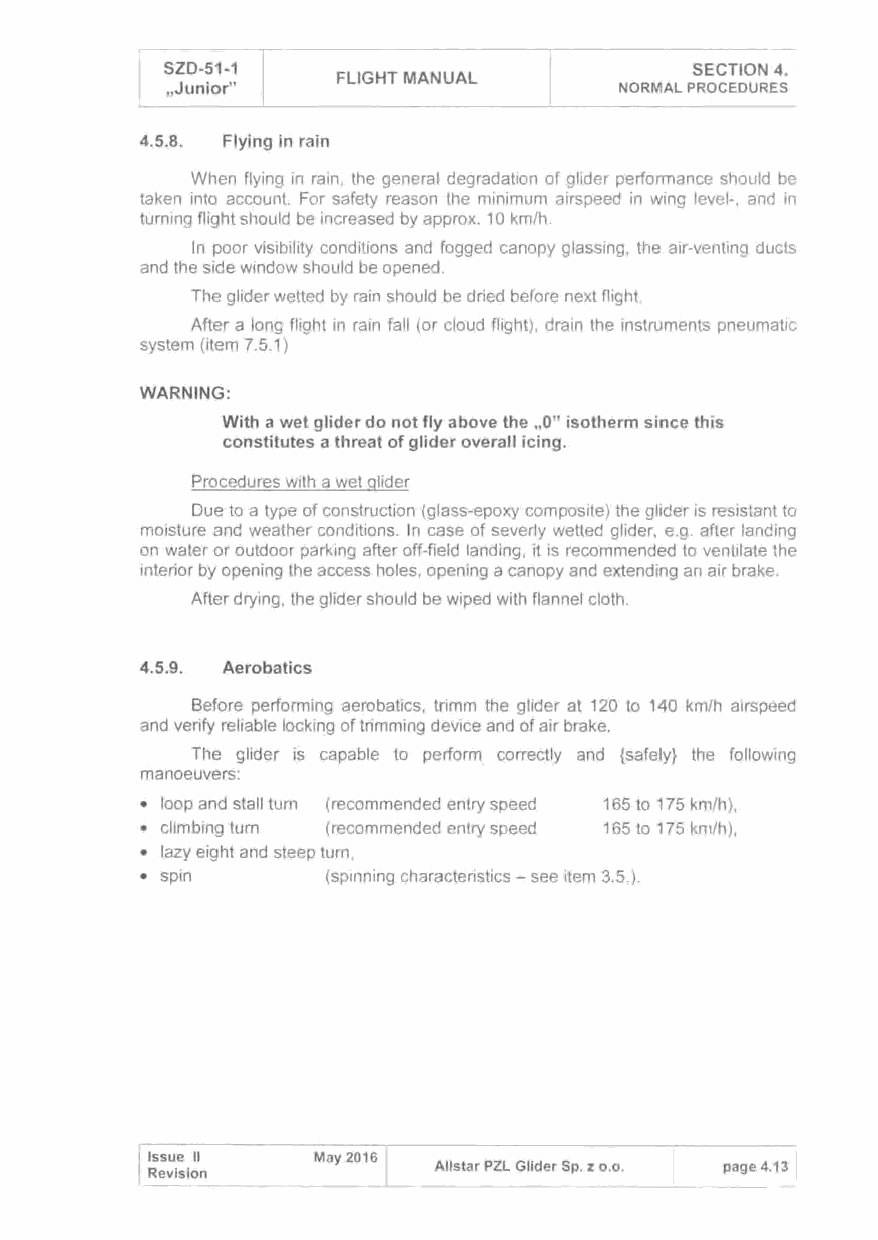
.--------.----- -----------,-----·
 SZD-51-1                           SECTION 4.
 FLIGHT MANUAL
 ,Junior"                      NORMAL PROCEDURES
 4.5.8. Flying in rain
 When flying in rain, the general degradation of glider performance should be
 taken into account. For safety reason the minimum airspeed in wing level-, and in
 turning flight should be increased by approx. 10 km/h.
 In poor visibility conditions and fogged canopy glassing, the air-venting ducts
 and the side window should be opened.
 The glider wetted by rain should be dried before next flight.
 After a long flight in rain fall (or cloud flight), drain the instruments pneumatic
 system (item 7.5.1)
 WARNING:
 With a wet glider do not fly above the ,0" isotherm since this
 constitutes a threat of glider overall icing.
 Procedures with a wet glider
 Due to a type of construction (glass-epoxy composite) the glider is resistant to
 moisture and weather conditions. In case of severly wetted glider, e.g. after landing
 on water or outdoor parking after off-field landing, it is recommended to ventilate the
 interior by opening the access holes, opening a canopy and extending an air brake.
 After drying, the glider should be wiped with flannel cloth.
 4.5.9. Aerobatics
 Before performing aerobatics, trimm the glider at 120 to 140 km/h airspeed
 and verify reliable locking of trimming device and of air brake.
 The glider is capable to perform correctly and {safely} the following
 manoeuvers:
 • loop and stall turn (recommended entry speed 165 to 175 km/h),
 • climbing turn (recommended entry speed 165 to 175 krn/h),
 • lazy eight and steep turn,
 • spin       (spinning characteristics-see item 3.5.).
 Issue 11
 Ails tar PZL Glider Sp. z o.o. page 4.13
 Revision